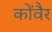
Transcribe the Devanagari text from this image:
कोंवैर